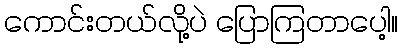
ကောင်းတယ်လို့ပဲ ပြောကြတာပေါ့။